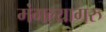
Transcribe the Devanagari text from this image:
मंगल्यागरु